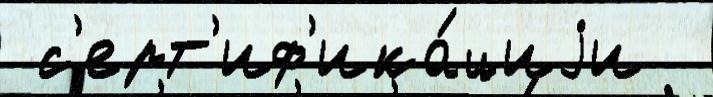
 с'ерт'иф'ика́циjи